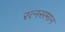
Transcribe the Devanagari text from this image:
रत्‍नसमान